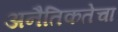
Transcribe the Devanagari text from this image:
अनैतिकतेचा